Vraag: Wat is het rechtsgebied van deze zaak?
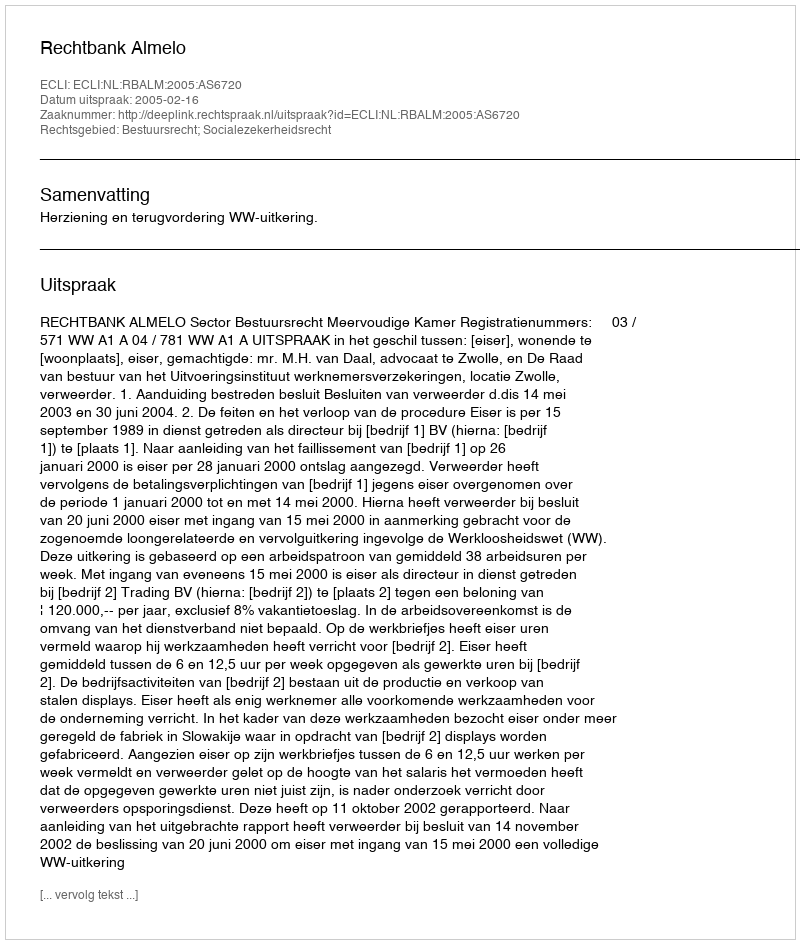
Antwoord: Bestuursrecht; Socialezekerheidsrecht